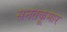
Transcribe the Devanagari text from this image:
सनतकूमार